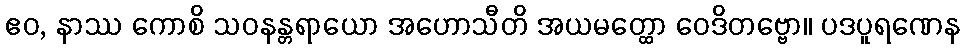
ဧဝ, နာဿ ကောစိ သဝနန္တရာယော အဟောသီတိ အယမတ္ထော ဝေဒိတဗ္ဗော။ ပဒပူရဏေန